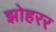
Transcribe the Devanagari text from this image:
झोहरर